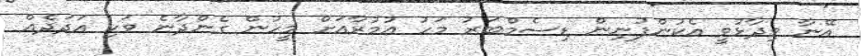
އޭނާ ވިދާޅުވީ އެކުންފުނިން ޑިސެމްބަރު މަހު އުމުރާއަށް މީހުން ގެންދާނެ ވަކި އަދަދެެއް